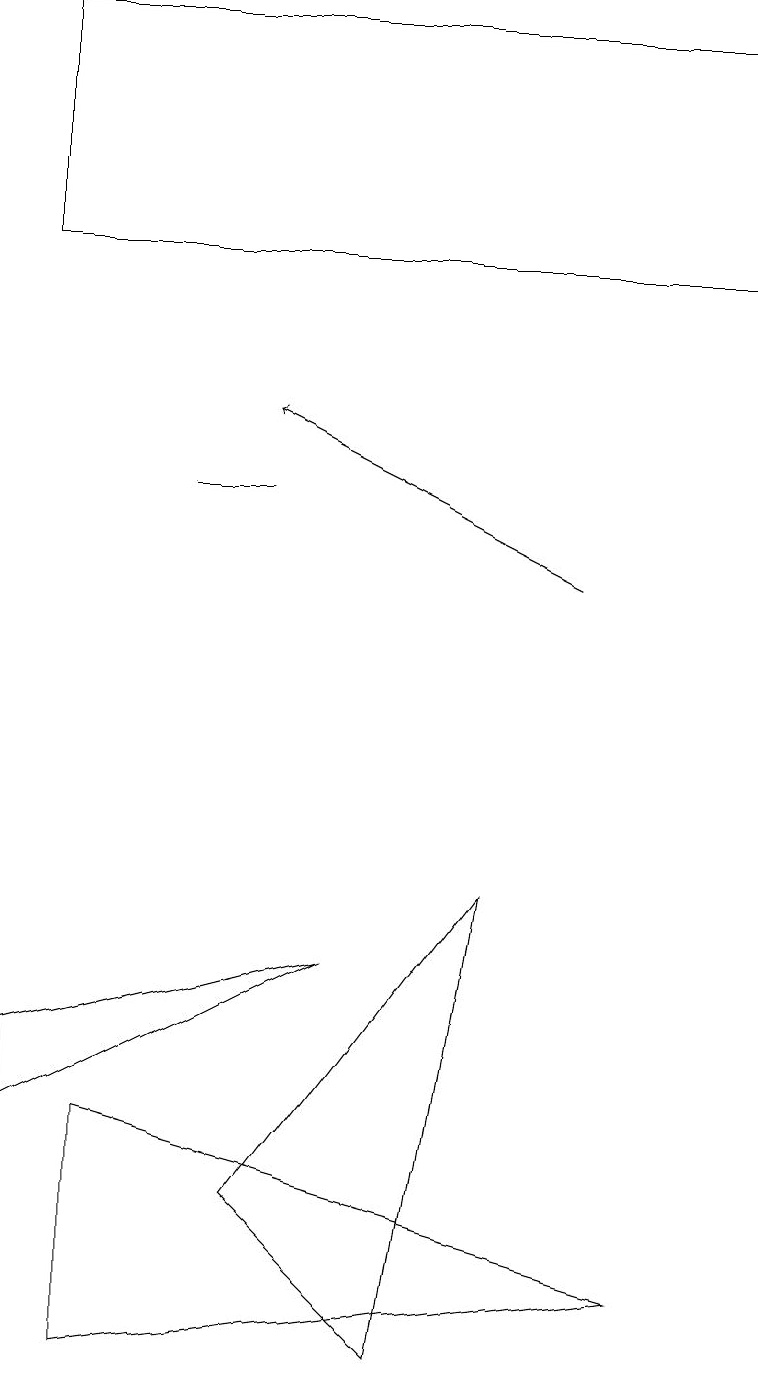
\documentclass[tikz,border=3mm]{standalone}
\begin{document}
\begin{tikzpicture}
\draw[->] (7,12) -- (3,14);
\draw (0,6) -- (4,7) -- (0,5) -- cycle;
\draw (5,2) -- (3,4) -- (6,8) -- cycle;
\draw (3,13) rectangle (2,13);
\draw (1,5) -- (1,2) -- (8,3) -- cycle;
\draw (9,19) rectangle (0,16);
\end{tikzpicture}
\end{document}